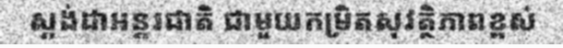
ស្តង់ដាអន្តរជាតិ ជាមួយកម្រិតសុវត្ថិភាពខ្ពស់